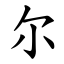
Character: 尔